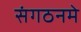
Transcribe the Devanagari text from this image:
संगठनमे